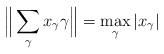
LaTeX: \begin{align*}\Big\| \sum_{\gamma} x_{\gamma} \gamma \Big\| = \max_{\gamma} |x_{\gamma}|\end{align*}